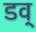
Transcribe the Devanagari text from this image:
डव्